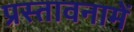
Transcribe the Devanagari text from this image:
प्रस्‍तावनामें